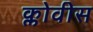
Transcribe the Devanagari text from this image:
क्लोवीस